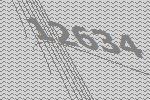
12634